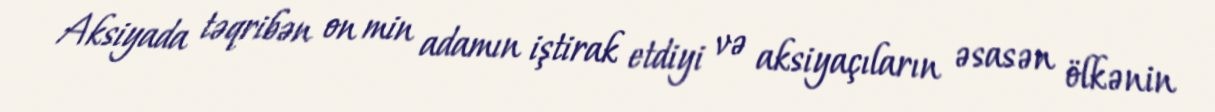
Aksiyada təqribən on min adamın iştirak etdiyi və aksiyaçıların əsasən ölkənin